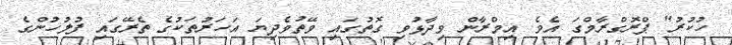
ހުކުރު" ޕްރޮގްރާމްގަ އެވެ. އިމްރާން ވިދާޅުވި ގޮތުގައި ވޭތުވެދިޔަ އަހަރުތަކުގެ ތެރޭގައި ފުލުހުންގެ